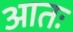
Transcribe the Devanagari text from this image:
आतः